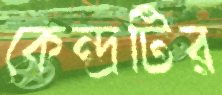
কেন্দ্রটির